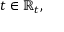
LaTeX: t \in \mathbb { R } _ { t } ,